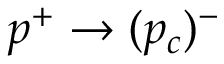
p ^ { + } \to ( p _ { c } ) ^ { - }